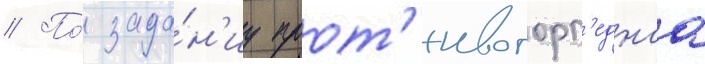
// По́ зада́н'иу прот'ивоторп'еднаа